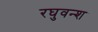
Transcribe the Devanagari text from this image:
रघुवन्श